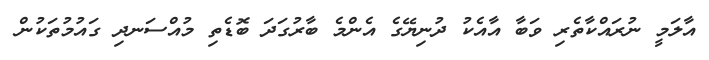
އާލަމީ ނުރައްކާތެރި ވަބާ އާއެކު ދުނިޔޭގެ އެންމެ ބާރުގަދަ ބޮޑެތި މުއްސަނދި ގައުމުތަކުން